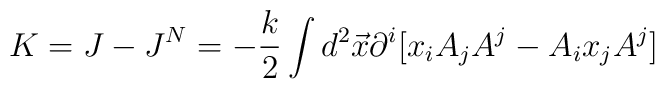
K = J - J^{N} = - \frac{k}{2}\int d^{2}\vec{x} \partial^{i}[x_{i}A_{j}A^{j}- A_{i}x_{j}A^{j}]